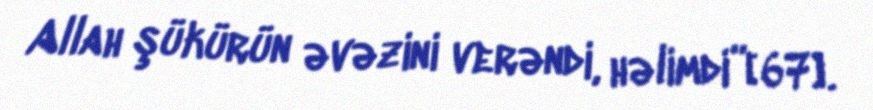
Allah şükürün əvəzini verəndi, həlimdi”[67].